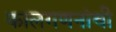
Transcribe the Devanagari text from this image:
कालगणनांची